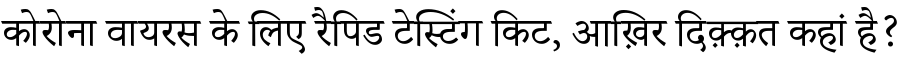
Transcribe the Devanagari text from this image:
कोरोना वायरस के लिए रैपिड टेस्टिंग किट, आख़िर दिक़्क़त कहां है?